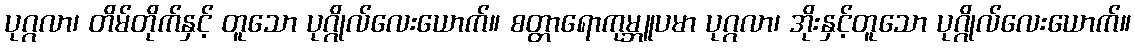
ပုဂ္ဂလာ၊ တိမ်တိုက်နှင့် တူသော ပုဂ္ဂိုလ်လေးယောက်။ စတ္တာရောကုမ္ဘူပမာ ပုဂ္ဂလာ၊ အိုးနှင့်တူသော ပုဂ္ဂိုလ်လေးယောက်။